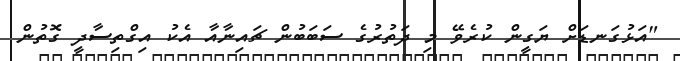
"އަޅުގަނޑަށް ޔަގީން ކުރެވޭ މި ދަތުރުގެ ސަބަބުން ޗައިނާއާ އެކު އިގްތިސާދީ ގޮތުން